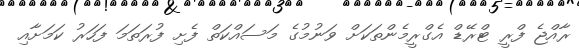
ރާއްޖެ ފްރީ ޓްރޭޑް އެގްރީމެންތަކަށް ވަނުމުގެ މަސައްކަތް ފެށި ފުރަތަމަ ފަހަރު ކަމަށާއި